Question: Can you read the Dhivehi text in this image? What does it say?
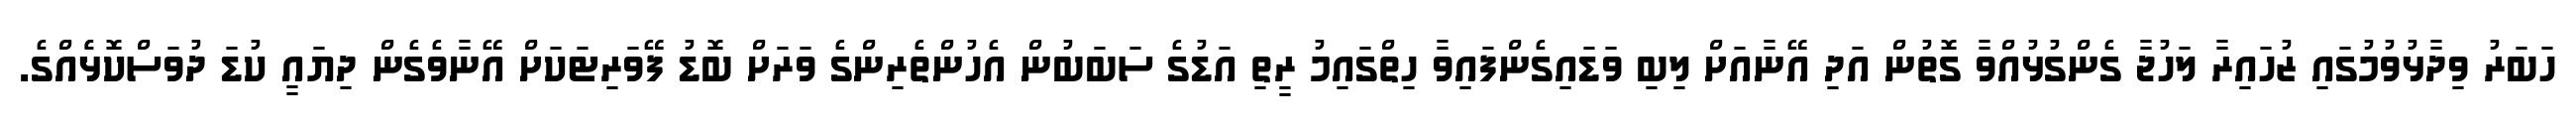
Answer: ހަބަރު ވިދާޅުވުމުގައި ޒުހައިރާ ލަހުޖާ ގެންގުޅުއްވާ ގޮތުން އަދި އޭނާއަށް ލިބި ވަޑައިގެންފައިވާ ހިތްގައިމު ރީތި އަޑުގެ ސަބަބުން އެހުންތެރިންގެ ވަރަށް ބޮޑު ފޭވަރިޓަކަށް އޭނާވެގެން ދިޔައީ ކުޑަ ދުވަސްކޮޅެެއްގެ.